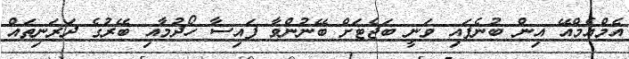
އެމްއެމްއޭ އިން ބުނެފައި ވަނީ ބަޖެޓަށް ބޭނުންވާ ފައިސާ ހޯދުމާއި ބޭރުގެ ދަރަނިތައް